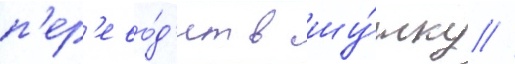
п'ер'ево́д'ит в шу́тку //